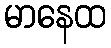
မာနေထ